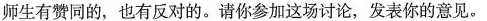
师生有赞同的，也有反对的。请你参加这场讨论，发表你的意见。